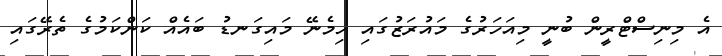
އެ މިނިސްޓްރީން ބުނީ މިއަހަރުގެ މައުރަޒުގައި ހިމެނޭ މައިގަނޑު ބައެއް ކަންކަމުގެ ތެރޭގައި